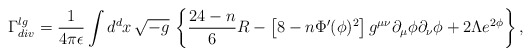
\begin{align*}\Gamma_{div}^{lg} = \frac{1}{4\pi \epsilon} \int d^d x\,\sqrt{-g}\,\left\{ \frac{24-n}{6} R - \left[ 8-n \Phi'(\phi)^2\right] g^{\mu\nu} \partial_\mu \phi \partial_\nu \phi +2\Lambda e^{2\phi} \right\}, \end{align*}